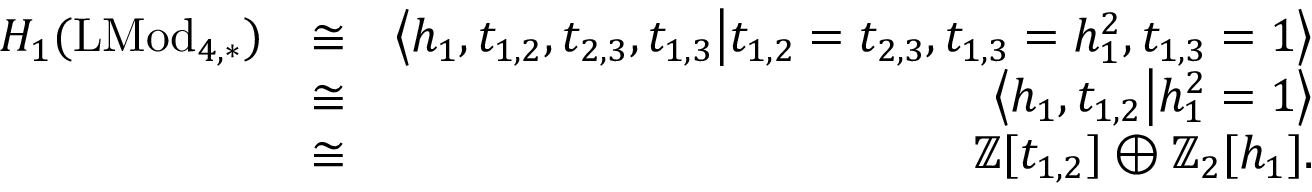
\begin{array} { r l r } { H _ { 1 } ( \mathrm { L M o d } _ { 4 , \ast } ) } & { \cong } & { \left< h _ { 1 } , t _ { 1 , 2 } , t _ { 2 , 3 } , t _ { 1 , 3 } \middle | t _ { 1 , 2 } = t _ { 2 , 3 } , t _ { 1 , 3 } = h _ { 1 } ^ { 2 } , t _ { 1 , 3 } = 1 \right> } \\ & { \cong } & { \left< h _ { 1 } , t _ { 1 , 2 } \middle | h _ { 1 } ^ { 2 } = 1 \right> } \\ & { \cong } & { \mathbb { Z } [ t _ { 1 , 2 } ] \oplus \mathbb { Z } _ { 2 } [ h _ { 1 } ] . } \end{array}